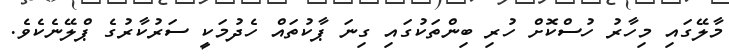
މާލޭގައި މިހާރު ހުސްްކޮށް ހުރި ބިންތަކުގައި ގިނަ ޕާކުތައް ހެދުމަކީ ސަރުކާރުގެ ޕްލޭނެކެވެ.